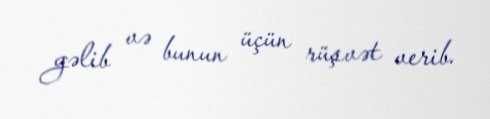
gəlib və bunun üçün rüşvət verib.